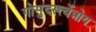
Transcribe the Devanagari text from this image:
गोसुदर्स्त्वेन्नोय